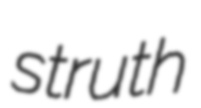
struth